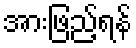
အားဖြည့်ရန်